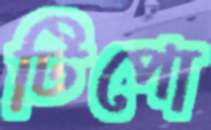
টিপো